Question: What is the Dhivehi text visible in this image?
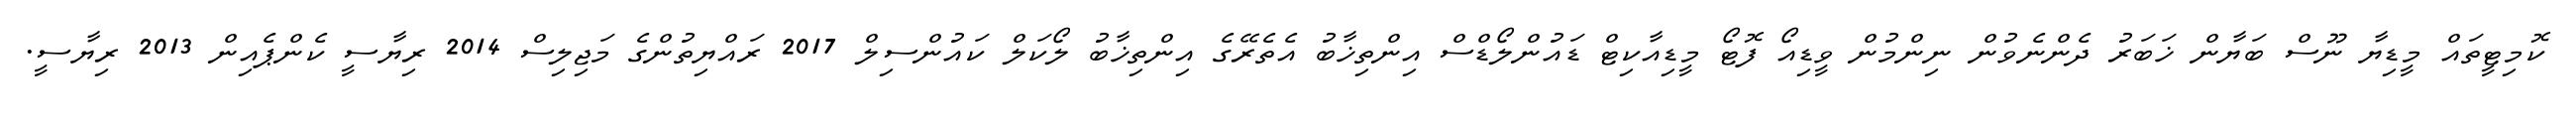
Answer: ކޮމިޓީތައް މީޑިޔާ ނޫސް ބަޔާން ޚަބަރު ދެންނެވުން ނިންމުން ވީޑިއޯ ފޮޓޯ މީޑިއާކިޓް ޑައުންލޯޑްސް އިންތިޚާބު އެތެރޭގެ އިންތިޚާބު ލޯކަލް ކައުންސިލް 2017 ރައްޔިތުންގެ މަޖިލިސް 2014 ރިޔާސީ ކެންޕެއިން 2013 ރިޔާސީ.